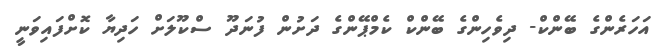
އަހަރެންގެ ބޭންކް- ދިވެހިންގެ ބޭންކް ކެމްޕޭންގެ ދަށުން ފުނަދޫ ސްކޫލަށް ހަދިޔާ ކޮށްފައިވަނީ